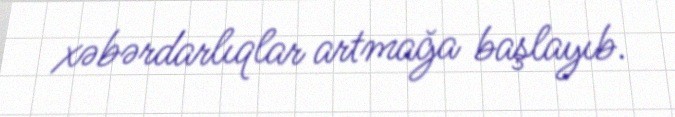
xəbərdarlıqlar artmağa başlayıb.